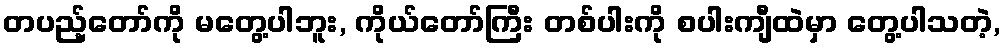
တပည့်တော်ကို မတွေ့ပါဘူး, ကိုယ်တော်ကြီး တစ်ပါးကို စပါးကျီထဲမှာ တွေ့ပါသတဲ့,